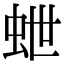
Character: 𮓽